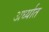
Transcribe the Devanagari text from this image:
अर्ध्यात